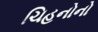
ચિહનોનો